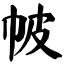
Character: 帔